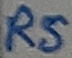
Text: RS